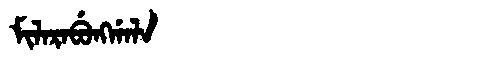
Manchu: ᠮᡳᠯᠠᡵᠠᠪᡠᠩᡤᠠᠯᠠ
Romanization: MILARABUNGGALA